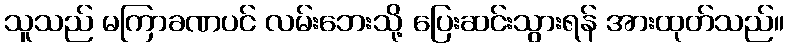
သူသည် မကြာခဏပင် လမ်းဘေးသို့ ပြေးဆင်းသွားရန် အားထုတ်သည်။